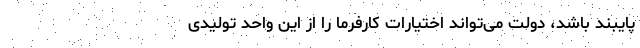
پایبند باشد، دولت می‌تواند اختیارات کارفرما را از این واحد تولیدی